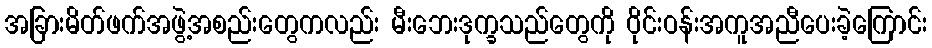
အခြားမိတ်ဖက်အဖွဲ့အစည်းတွေကလည်း မီးဘေးဒုက္ခသည်တွေကို ဝိုင်းဝန်းအကူအညီပေးခဲ့ကြောင်း